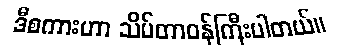
ဒီစကားဟာ သိပ်တာဝန်ကြီးပါတယ်။